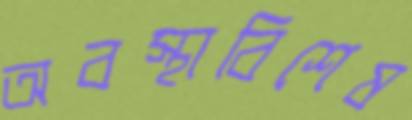
অবস্থাবিশেষ